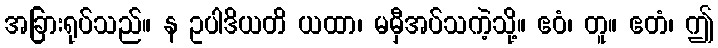
အခြားရုပ်သည်။ န ဥပါဒိယတိ ယထာ၊ မမှီအပ်သကဲ့သို့။ ဧဝံ၊ တူ။ ဧတံ၊ ဤ